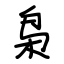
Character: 枭